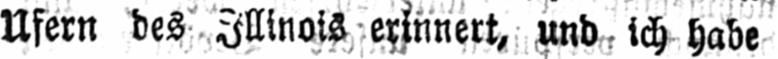
Ufern des Illinois erinnert, und ich habe